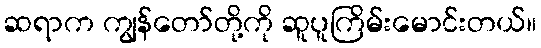
ဆရာက ကျွန်တော်တို့ကို ဆူပူကြိမ်းမောင်းတယ်။